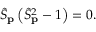
\widehat { S } _ { { \bf p } } \left( \widehat { S } _ { { \bf p } } ^ { 2 } - 1 \right) = 0 .